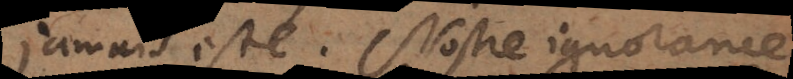
jamais esté. Nostre ignorance